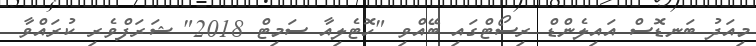
މިއަދު ބަނޑޮސް އައިލެންޑް ރިސޯޓްގައި ބޭއްވި "ހޮޓެލިއާ ސަމިޓް 2018" ޝަރަފްވެރި ކުރައްވާ